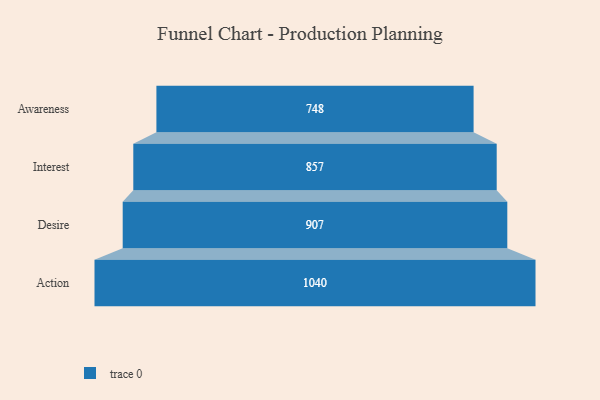
{"axis": {"x": "Stage", "y": "Value"}, "legend": [""], "data": [{"x": "Awareness", "y": 748.0, "type": ""}, {"x": "Interest", "y": 857.0, "type": ""}, {"x": "Desire", "y": 907.0, "type": ""}, {"x": "Action", "y": 1040.0, "type": ""}]}